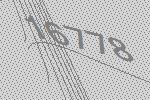
16778